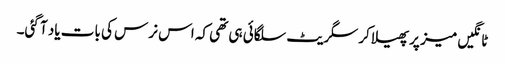
ٹانگیں میز پر پھیلا کر سگریٹ سلگائی ہی تھی کہ اس نرس کی بات یاد آ گئی۔